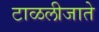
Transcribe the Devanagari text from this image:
टाळलीजाते